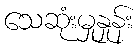
သေဆုံးမှုနှုန်း